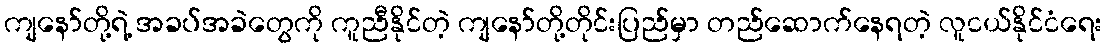
ကျနော်တို့ရဲ့ အခပ်အခဲတွေကို ကူညီနိုင်တဲ့ ကျနော်တို့တိုင်းပြည်မှာ တည်ဆောက်နေရတဲ့ လူငယ်နိုင်ငံရေး